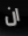
ان